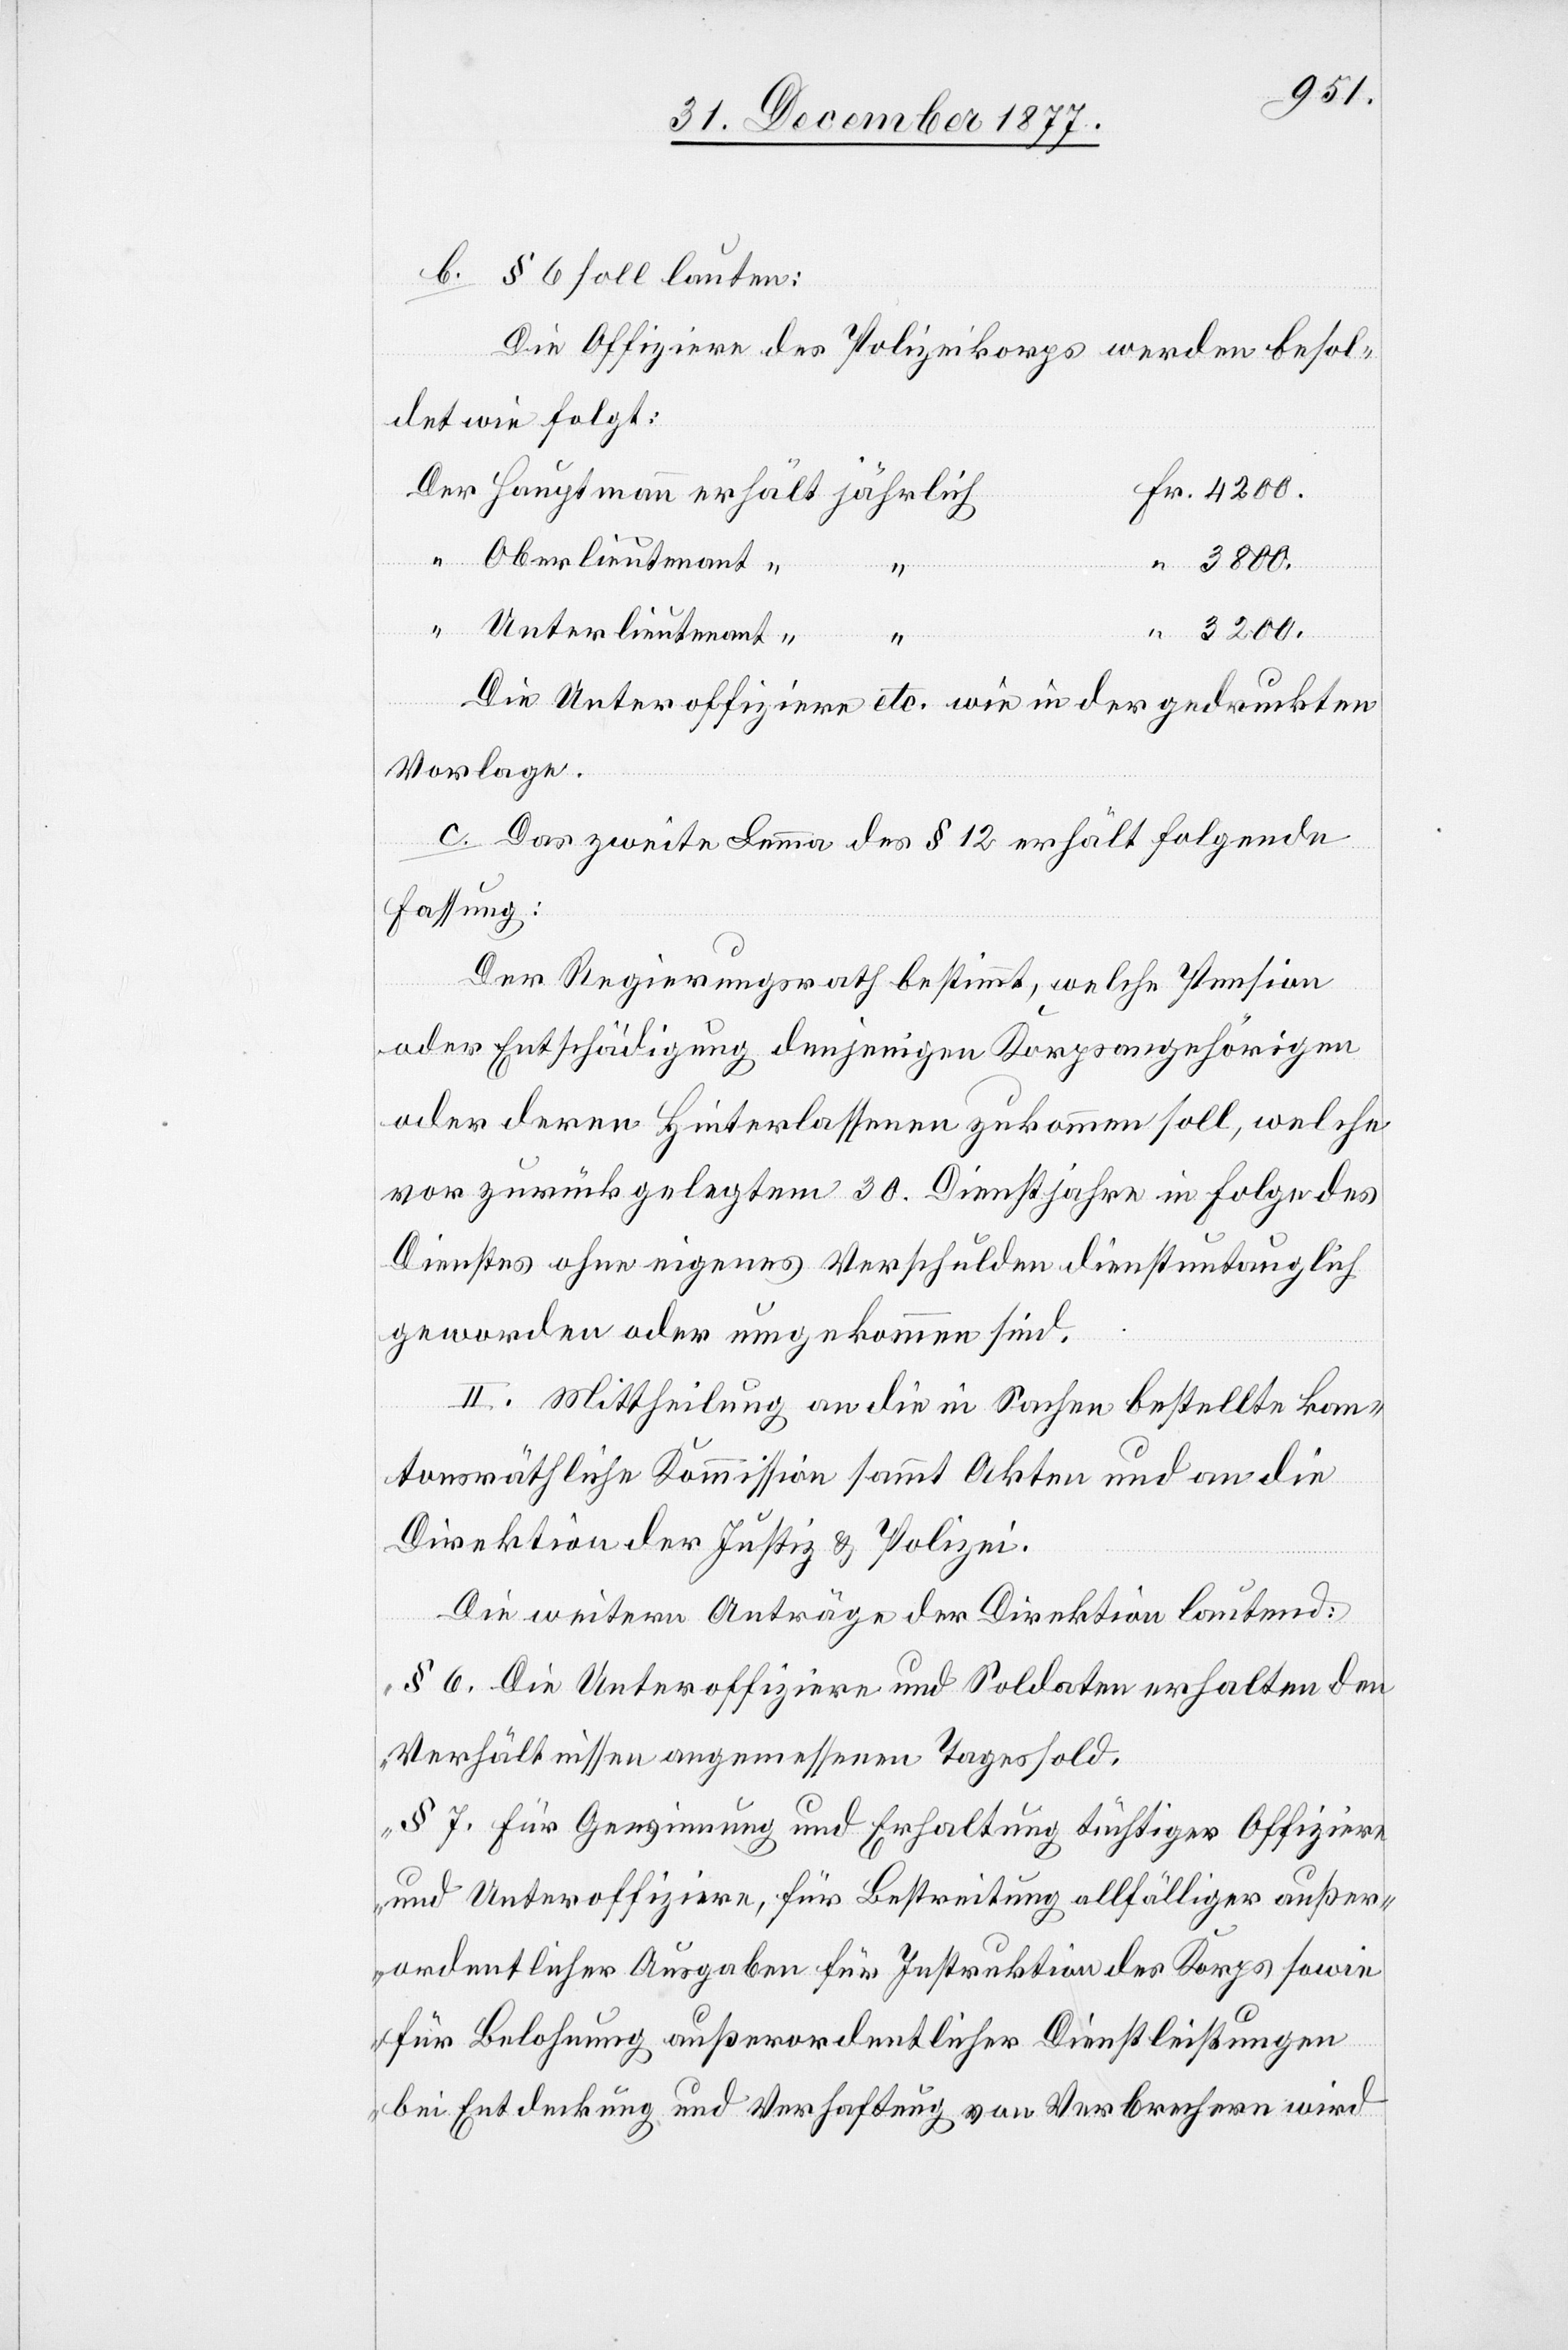
b. § 6 soll lauten:
Die Offiziere des Polizeikorps werden besol¬
det wie folgt:
Fr. 4200.
Der Hauptmann erhält jährlich
“ Oberlieutenant
“ 3800.
“
Unterlieutenant “
“
Die Unteroffiziere etc. wie in der gedruckten
Vorlage.
c. Das zweite Lemma des § 12 erhält folgende
Fassung:
Der Regierungsrath bestimmt, welche Pension
oder Entschädigung denjenigen Korpsangehörigen
oder deren Hinterlassenen zukommen soll, welche
vor zurückgelegtem 30. Dienstjahre in Folge des
Dienstes ohne eigenes Verschulden dienstuntauglich
geworden oder umgekommen sind.
II. Mittheilung an die in Sachen bestellte kan¬
tonsräthliche Kommission sammt Akten und an die
Direktion der Justiz & Polizei.
Die weitern Anträge der Direktion lautend:
„§ 6. Die Unteroffiziere und Soldaten erhalten den
Verhältnissen angemessenen Tagessold.
§ 7. Für Gewinnung und Erhaltung tüchtiger Offiziere
und Unteroffiziere, für Bestreitung allfälliger außer¬
ordentlicher Ausgaben für Instruktion des Korps sowie
für Belohnung außerordentlicher Dienstleistungen
bei Entdeckung und Verhaftung von Verbrechern wird